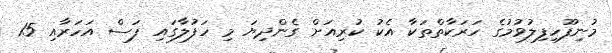
މުނިފޫހިފިލުވުމުގެ ހަރަކާތްތަކާ އެކު ކުރިއަށް ގެންދިޔަ މި ހަފުލާގައި ފަސް އަހަރާއި 15